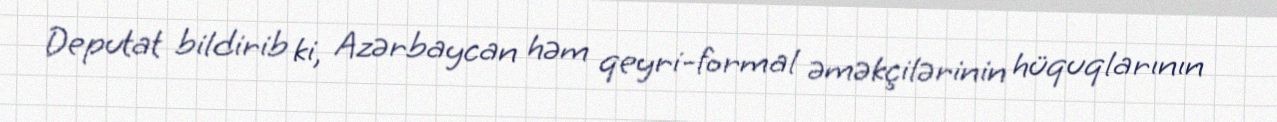
Deputat bildirib ki, Azərbaycan həm qeyri-formal əməkçilərinin hüquqlarının